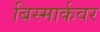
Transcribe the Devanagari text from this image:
बिस्मार्कवर